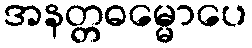
အနတ္တဓမ္မောပေ